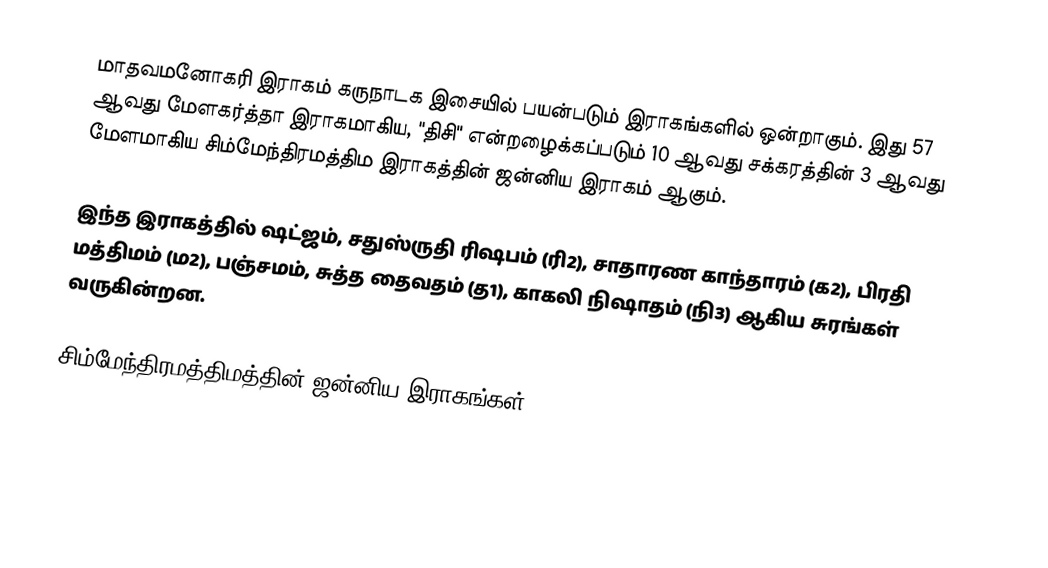
மாதவமனோகரி இராகம் கருநாடக இசையில் பயன்படும் இராகங்களில் ஒன்றாகும். இது 57 ஆவது மேளகர்த்தா இராகமாகிய, "திசி" என்றழைக்கப்படும் 10 ஆவது சக்கரத்தின் 3 ஆவது மேளமாகிய சிம்மேந்திரமத்திம இராகத்தின் ஜன்னிய இராகம் ஆகும்.

இந்த இராகத்தில் ஷட்ஜம், சதுஸ்ருதி ரிஷபம் (ரி2),  சாதாரண காந்தாரம் (க2), பிரதி மத்திமம் (ம2), பஞ்சமம்,  சுத்த தைவதம் (த1), காகலி நிஷாதம்  (நி3) ஆகிய சுரங்கள் வருகின்றன.

சிம்மேந்திரமத்திமத்தின் ஜன்னிய இராகங்கள்